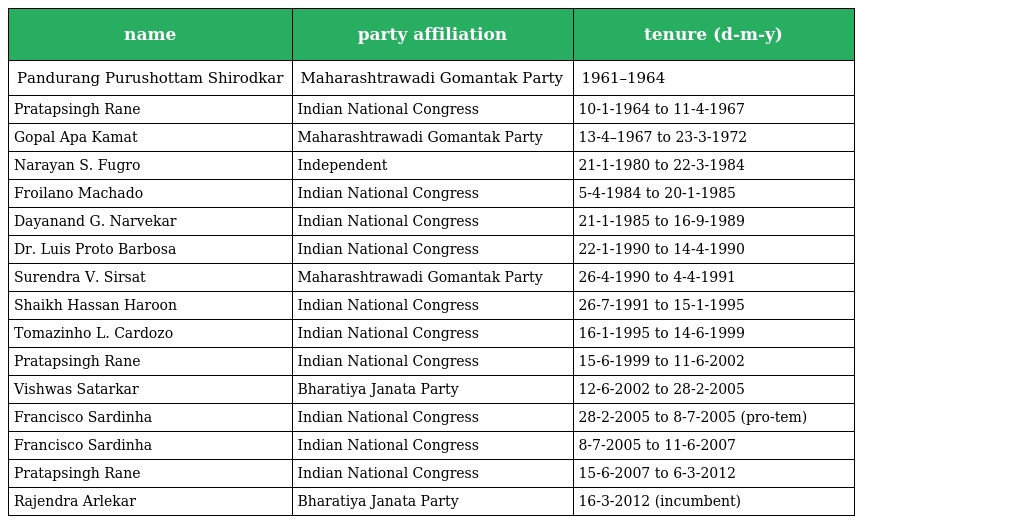
| name | party affiliation | tenure (d-m-y) |
 | --- | --- | --- |
 | Pandurang Purushottam Shirodkar | Maharashtrawadi Gomantak Party | 1961–1964 |
 | Pratapsingh Rane | Indian National Congress | 10-1-1964 to 11-4-1967 |
 | Gopal Apa Kamat | Maharashtrawadi Gomantak Party | 13-4–1967 to 23-3-1972 |
 | Narayan S. Fugro | Independent | 21-1-1980 to 22-3-1984 |
 | Froilano Machado | Indian National Congress | 5-4-1984 to 20-1-1985 |
 | Dayanand G. Narvekar | Indian National Congress | 21-1-1985 to 16-9-1989 |
 | Dr. Luis Proto Barbosa | Indian National Congress | 22-1-1990 to 14-4-1990 |
 | Surendra V. Sirsat | Maharashtrawadi Gomantak Party | 26-4-1990 to 4-4-1991 |
 | Shaikh Hassan Haroon | Indian National Congress | 26-7-1991 to 15-1-1995 |
 | Tomazinho L. Cardozo | Indian National Congress | 16-1-1995 to 14-6-1999 |
 | Pratapsingh Rane | Indian National Congress | 15-6-1999 to 11-6-2002 |
 | Vishwas Satarkar | Bharatiya Janata Party | 12-6-2002 to 28-2-2005 |
 | Francisco Sardinha | Indian National Congress | 28-2-2005 to 8-7-2005 (pro-tem) |
 | Francisco Sardinha | Indian National Congress | 8-7-2005 to 11-6-2007 |
 | Pratapsingh Rane | Indian National Congress | 15-6-2007 to 6-3-2012 |
 | Rajendra Arlekar | Bharatiya Janata Party | 16-3-2012 (incumbent) |